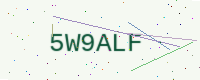
Text: 5W9ALF